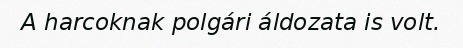
A harcoknak polgári áldozata is volt.